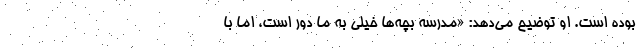
بوده است. او توضیح می‌دهد: «مدرسه بچه‌ها خیلی به ما دور است، اما با